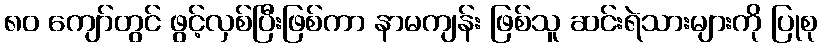
၈၀ ကျော်တွင် ဖွင့်လှစ်ပြီးဖြစ်ကာ နာမကျန်း ဖြစ်သူ ဆင်းရဲသားများကို ပြုစု